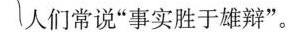
人们常说”事实胜于雄辩”。